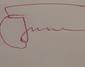
Signature authenticity: forged